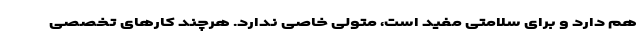
هم دارد و برای سلامتی مفید است، متولی خاصی ندارد. هرچند کارهای تخصصی